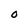
Character: o